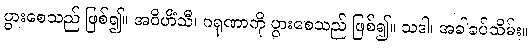
ပွားစေသည် ဖြစ်၍။ အဝိဟိံသီ၊ ဂရုဏာကို ပွားစေသည် ဖြစ်၍။ သဒါ၊ အခါခပ်သိမ်း။